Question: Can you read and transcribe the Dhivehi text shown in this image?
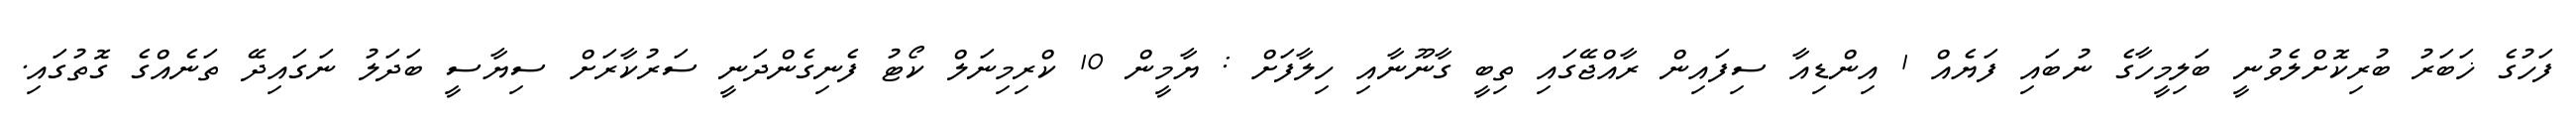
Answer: ފަހުގެ ޚަބަރު ބުރިކޮށްލެވުނީ ބަލިމީހާގެ ނުބައި ފަޔެއް 1 އިންޑިއާ ސިފައިން ރާއްޖޭގައި ތިބީ ގާނޫނާއި ހިލާފަށް : ޔާމީން 10 ކްރިމިނަލް ކޯޓު ފެނިގެންދަނީ ސަރުކާރަށް ސިޔާސީ ބަދަލު ނަގައިދޭ ތަނެއްގެ ގޮތުގައި.